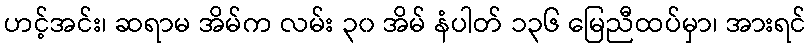
ဟင့်အင်း၊ ဆရာမ အိမ်က လမ်း ၃၀ အိမ် နံပါတ် ၁၃၆ မြေညီထပ်မှာ၊ အားရင်